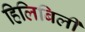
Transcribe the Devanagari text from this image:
हिलिबिली